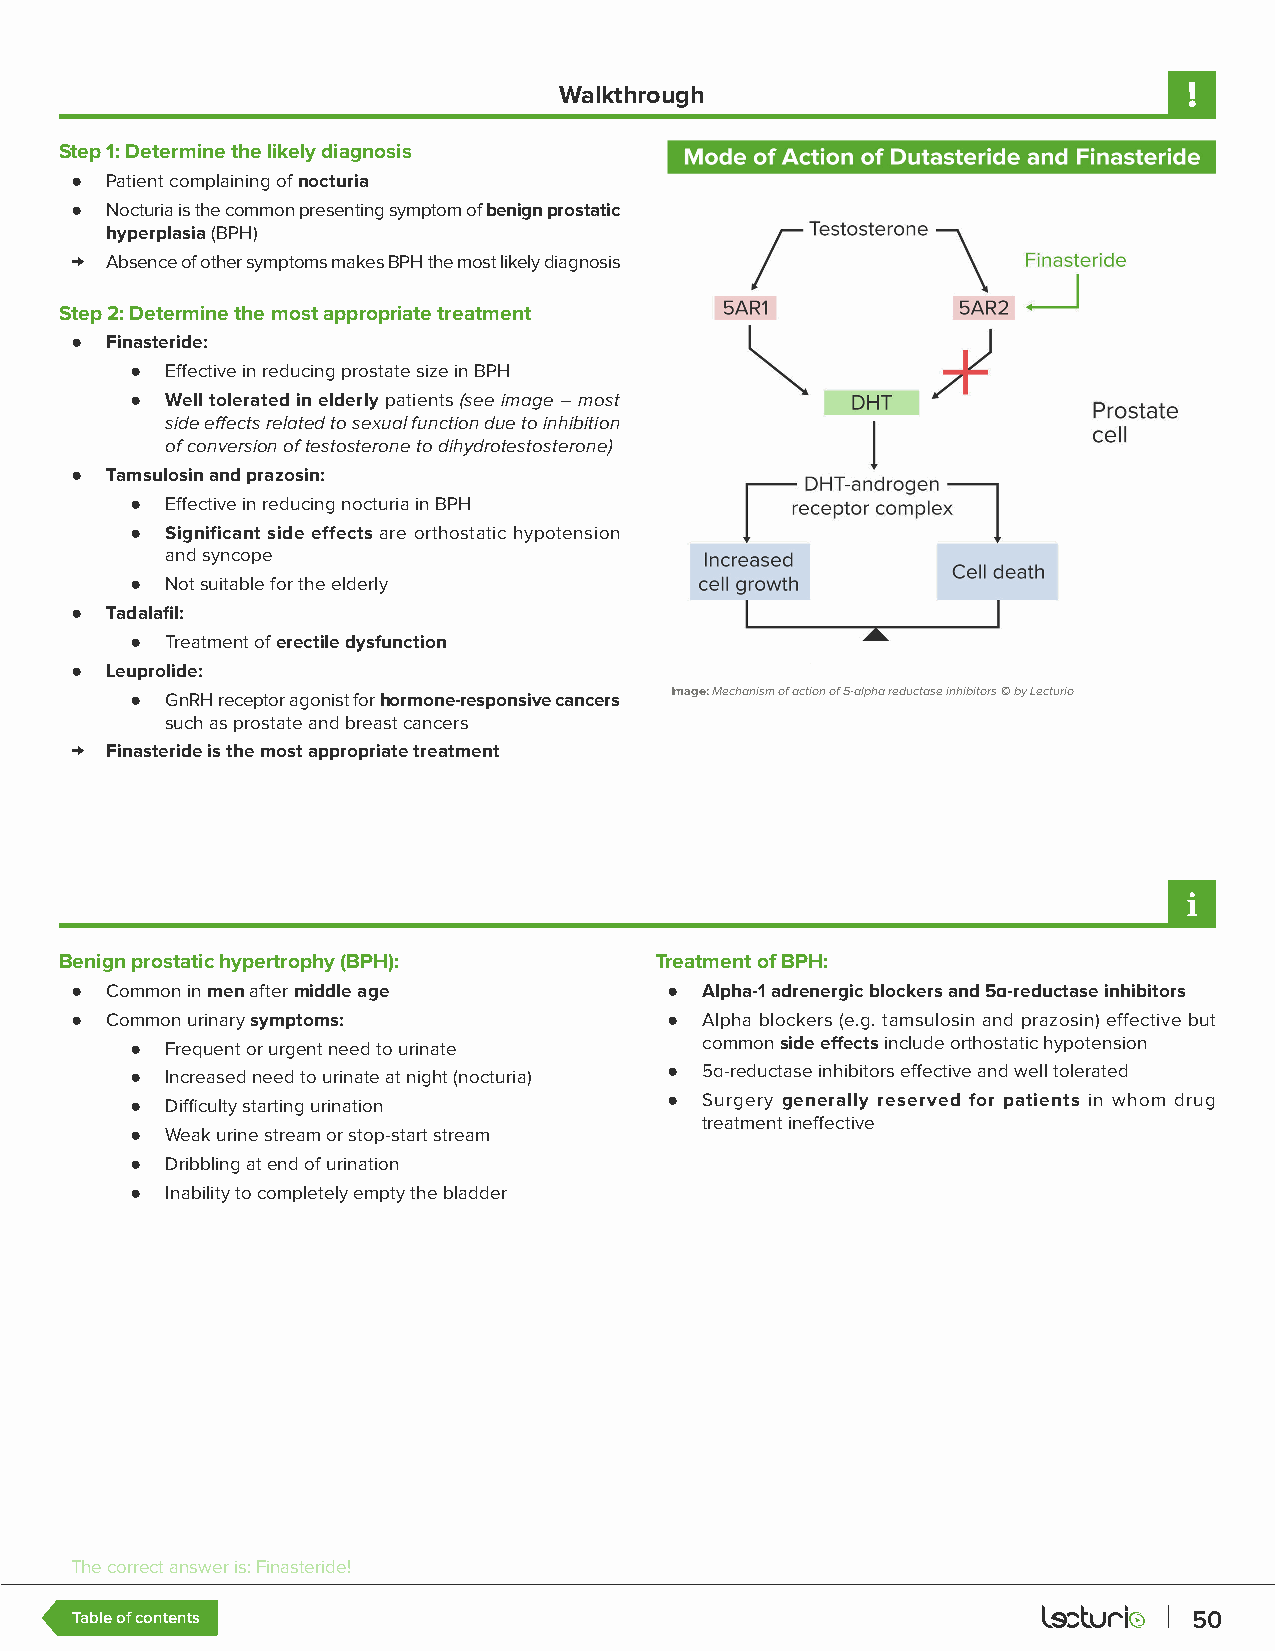
Walkthrough
 Step 1: Determine the likely diagnosis
 ● Patient complaining of nocturia
 ● Nocturia is the common presenting symptom of benign prostatic
 hyperplasia (BPH)
 → Absence of other symptoms makes BPH the most likely diagnosis
 Step 2: Determine the most appropriate treatment
 ● Finasteride:
 ● Effective in reducing prostate size in BPH
 ● Well tolerated in elderly patients (see image – most
 side effects related to sexual function due to inhibition
 of conversion of testosterone to dihydrotestosterone)
 ● Tamsulosin and prazosin:
 ● Effective in reducing nocturia in BPH
 ● Significant side effects are orthostatic hypotension
 and syncope
 ● Not suitable for the elderly
 ● Tadalafil:
 ● Treatment of erectile dysfunction
 ● Leuprolide:
 ● GnRH receptor agonist for hormone-responsive cancers Image: Mechanism of action of 5-alpha reductase inhibitors © by Lecturio
 such as prostate and breast cancers
 → Finasteride is the most appropriate treatment
 Benign prostatic hypertrophy (BPH):    Treatment of BPH:
 ● Common in men after middle age       ● Alpha-1 adrenergic blockers and 5a-reductase inhibitors
 ● Common urinary symptoms:             ● Alpha blockers (e.g. tamsulosin and prazosin) effective but
 ● Frequent or urgent need to urinate common side effects include orthostatic hypotension
 ● Increased need to urinate at night (nocturia) ● 5a-reductase inhibitors effective and well tolerated
 ● Difficulty starting urination    ● Surgery generally reserved for patients in whom drug
 treatment ineffective
 ● Weak urine stream or stop-start stream
 ● Dribbling at end of urination
 ● Inability to completely empty the bladder
 The correct answer is: Finasteride!
 Table of contents                                                         50